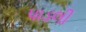
પાડલી